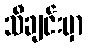
သီချင်းမှာ